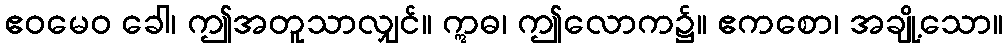
ဧဝမေဝ ခေါ၊ ဤအတူသာလျှင်။ ဣဓ၊ ဤလောက၌။ ဧကစော၊ အချို့သော။